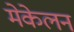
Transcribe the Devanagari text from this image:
मेकेलन